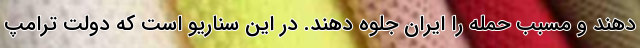
دهند و مسبب حمله را ایران جلوه دهند. در این سناریو است که دولت ترامپ